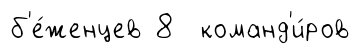
б'е́женцев 8 команд'и́ров